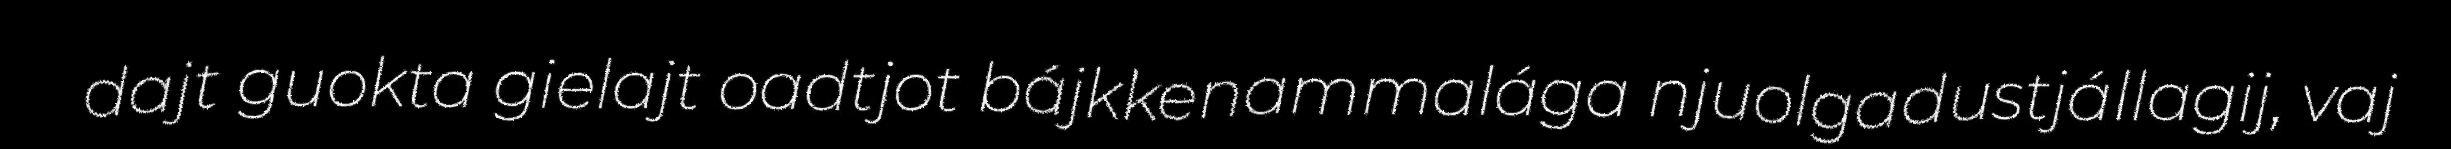
dajt guokta gielajt oadtjot bájkkenammalága njuolgadustjállagij, vaj